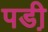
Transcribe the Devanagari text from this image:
पडी़